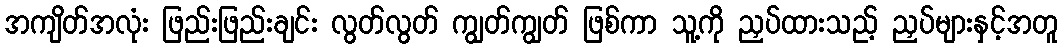
အကျိတ်အလုံး ဖြည်းဖြည်းချင်း လွတ်လွတ် ကျွတ်ကျွတ် ဖြစ်ကာ သူ့ကို ညှပ်ထားသည့် ညှပ်များနှင့်အတူ